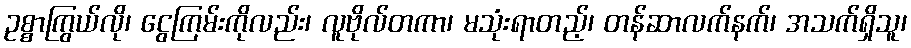
ဥစ္စာကြွယ်လို၊ ငွေကြမ်းကိုလည်း၊ လူဗိုလ်တကာ၊ မသုံးရာတည့်၊ တန်ဆာလက်နက်၊ အသက်ရှိသူ၊